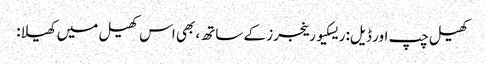
کھیل چپ اور ڈیل: ریسکیو رینجرز کے ساتھ، بھی اس کھیل میں کھیلا: